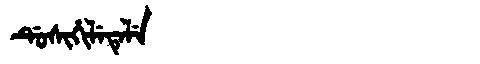
Manchu: ᡩᡠᠰᡳᡥᡳᠯᡝᡨᡝᠯᡝ
Romanization: DUSIHILETELE